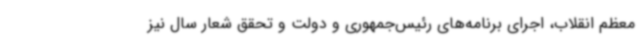
معظم انقلاب، اجرای برنامه‌های رئیس‌جمهوری و دولت و تحقق شعار سال نیز